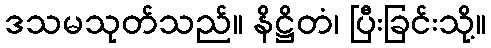
ဒသမသုတ်သည်။ နိဋ္ဌိတံ၊ ပြီးခြင်းသို့။